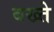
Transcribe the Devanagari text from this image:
बख्ते